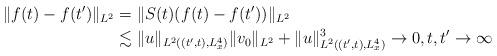
LaTeX: \begin{align*}\|f(t)-f(t')\|_{L^2} &= \|S(t)(f(t)-f(t'))\|_{L^2} \\&\lesssim \|u\|_{L^2((t',t), L^4_x)}\|v_0\|_{L^2} + \|u\|_{L^2((t',t), L^4_x)}^3 \to 0,t,t'\to \infty\end{align*}